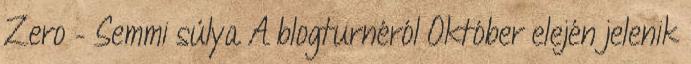
Zero – Semmi súlya A blogturnéról Október elején jelenik